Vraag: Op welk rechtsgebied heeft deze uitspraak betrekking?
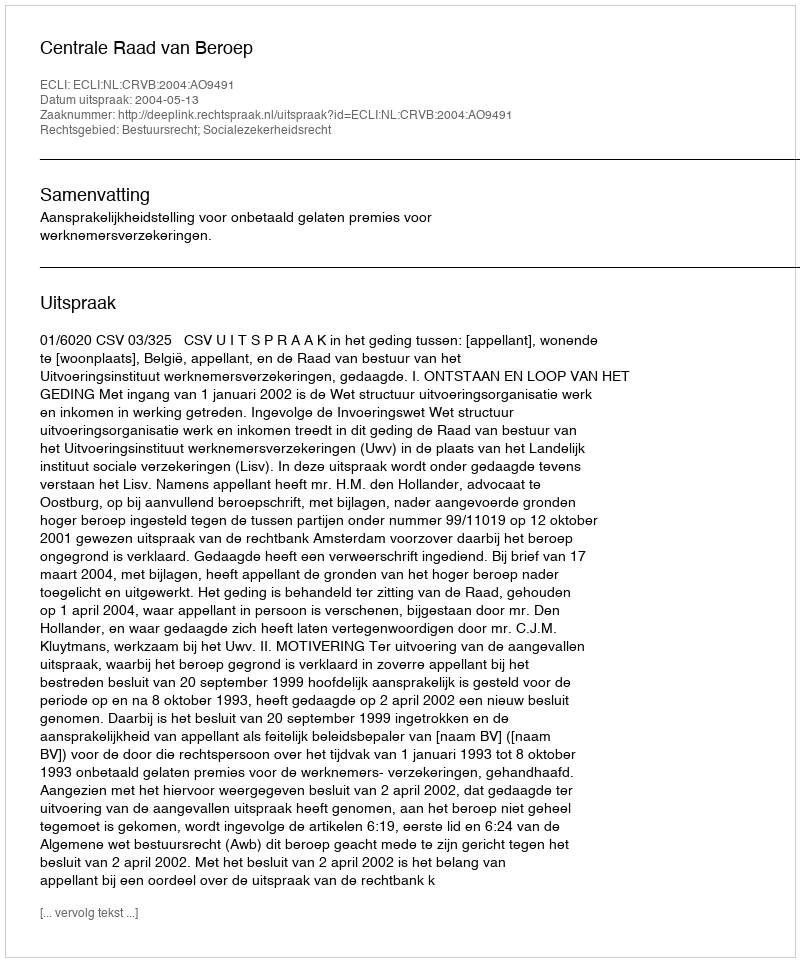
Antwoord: Bestuursrecht; Socialezekerheidsrecht